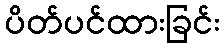
ပိတ်ပင်ထားခြင်း